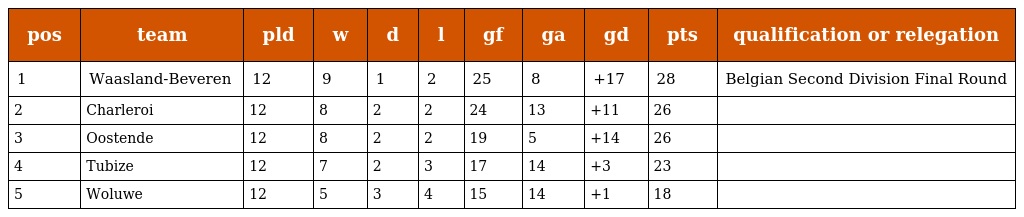
| pos | team | pld | w | d | l | gf | ga | gd | pts | qualification or relegation |
 | --- | --- | --- | --- | --- | --- | --- | --- | --- | --- | --- |
 | 1 | Waasland-Beveren | 12 | 9 | 1 | 2 | 25 | 8 | +17 | 28 | Belgian Second Division Final Round |
 | 2 | Charleroi | 12 | 8 | 2 | 2 | 24 | 13 | +11 | 26 |  |
 | 3 | Oostende | 12 | 8 | 2 | 2 | 19 | 5 | +14 | 26 |  |
 | 4 | Tubize | 12 | 7 | 2 | 3 | 17 | 14 | +3 | 23 |  |
 | 5 | Woluwe | 12 | 5 | 3 | 4 | 15 | 14 | +1 | 18 |  |